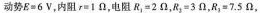
动势$$E = 6 V$$，内阻$$r = 1 Ω$$，电阻$$R _ { 1 } = 2 Ω$$，$$R _ { 2 } = 3 Ω$$，$$R _ { 3 } = 7 . 5 Ω$$，